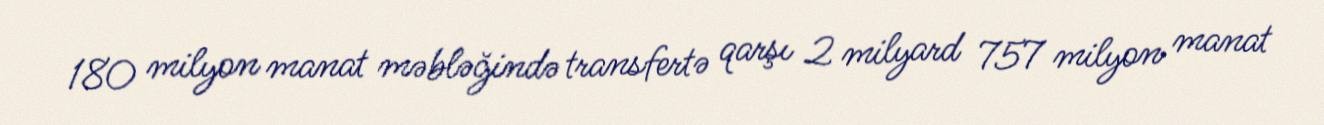
180 milyon manat məbləğində transfertə qarşı 2 milyard 757 milyon manat